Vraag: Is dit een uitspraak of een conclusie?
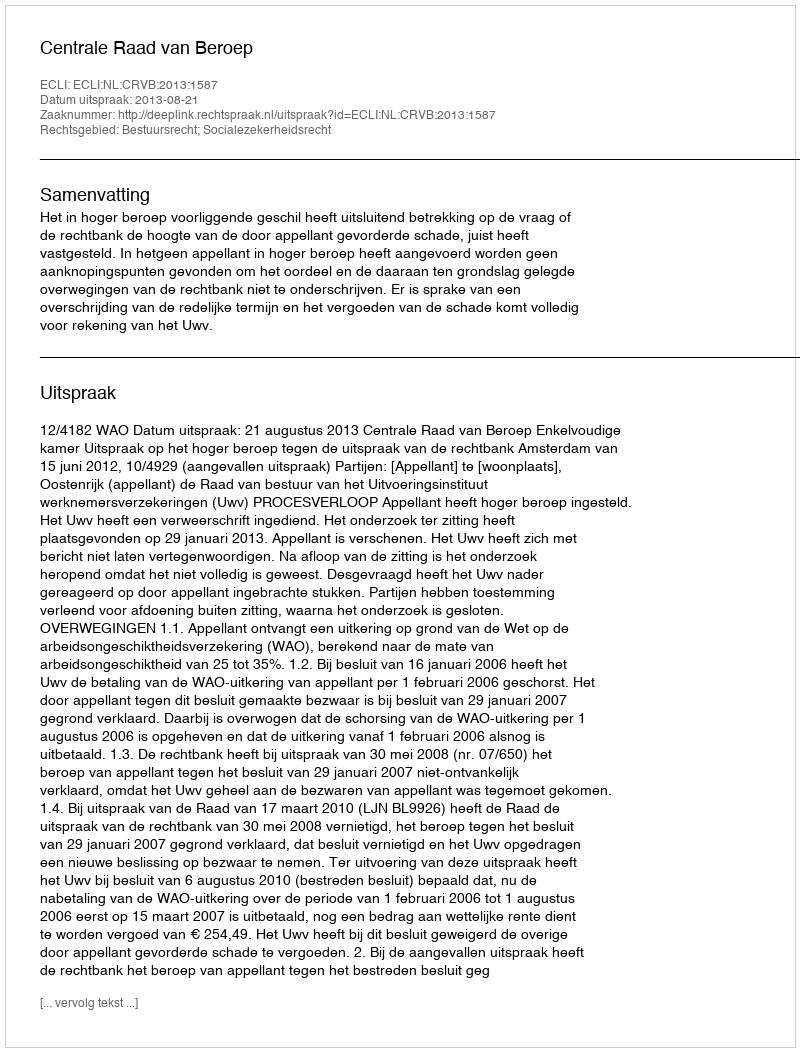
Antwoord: Uitspraak